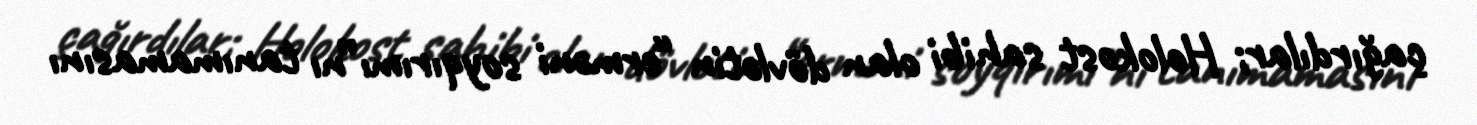
çağırdılar; Holokost sahibi olan dövlətin “erməni soyqırımı”nı tanımamasını